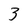
Character: 3